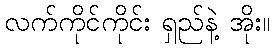
လက်ကိုင်ကိုင်း ရှည်နဲ့ အိုး။